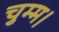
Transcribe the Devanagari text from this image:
चुम्म।